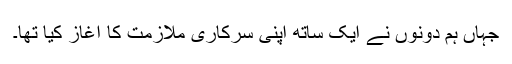
جہاں ہم دونوں نے ایک ساتھ اپنی سرکاری ملازمت کا آغاز کیا تھا۔